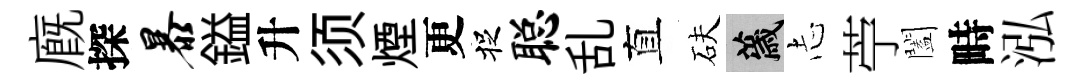
廐探暴鎰升须煙更捉聪乱直砆薉𢖽苧闔畤泓